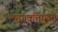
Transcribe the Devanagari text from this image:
त्यागवृत्तियुक्त